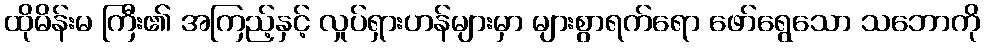
ထိုမိန်းမ ကြီး၏ အကြည့်နှင့် လှုပ်ရှားဟန်များမှာ များစွာရက်ရော ဖော်ရွေသော သဘောကို